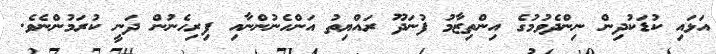
އަޅައި ކުޑަކުދިން ނިންދެވުމުގެ އިންތިޒާމު ފުނަދޫ ރައްޔިތު އަންހެނުންނާއި ފިރިހެނުން ދަނީ ކުރަމުންނެވެ.